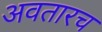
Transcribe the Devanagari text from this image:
अवतारच